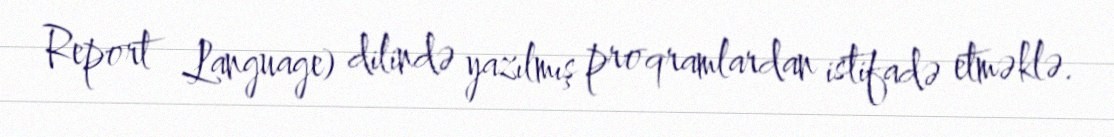
Report Language) dilində yazılmış proqramlardan istifadə etməklə.